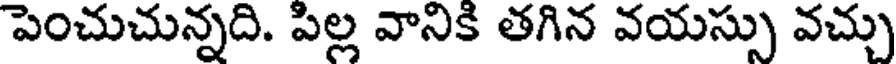
పెంచుచున్నది. పిల్ల వానికి తగిన వయస్సు వచ్చు